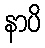
နာပိ